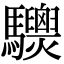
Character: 𩧙